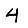
Digit: 4